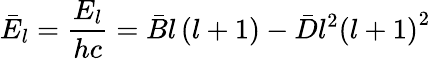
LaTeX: {\bar{E}}_{l}={\frac{E_{l}}{hc}}={\bar{B}}l\left(l+1\right)-{\bar{D}}l^{2}\left(l+1\right)^{2}